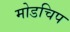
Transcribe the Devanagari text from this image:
मोडचिप